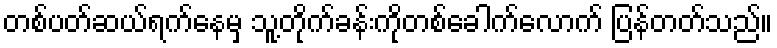
တစ်ပတ်ဆယ်ရက်နေမှ သူ့တိုက်ခန်းကိုတစ်ခေါက်လောက် ပြန်တတ်သည်။